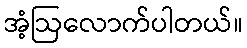
အံ့ဩလောက်ပါတယ်။